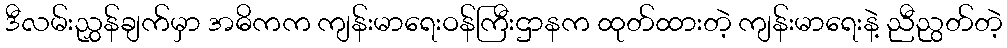
ဒီလမ်းညွှန်ချက်မှာ အဓိကက ကျန်းမာရေးဝန်ကြီးဌာနက ထုတ်ထားတဲ့ ကျန်းမာရေးနဲ့ ညီညွတ်တဲ့